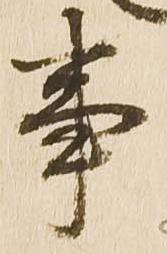
事